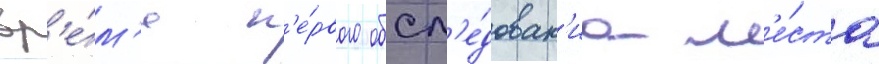
вр'е́м'я п'е́рвого обсл'е́дован'иа м'е́ста